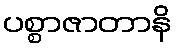
ပစ္စာဇာတာနိ